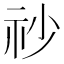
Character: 𥘤